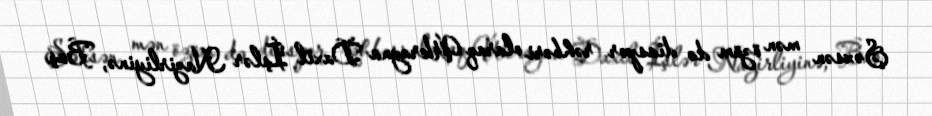
Şəxsən mən özüm də diaspor rəhbəri olaraq Ukrayna Daxil İşlər Nazirliyinə, Baş